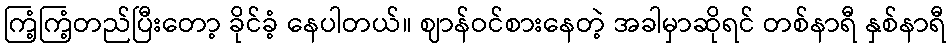
ကြံ့ကြံ့တည်ပြီးတော့ ခိုင်ခံ့ နေပါတယ်။ ဈာန်ဝင်စားနေတဲ့ အခါမှာဆိုရင် တစ်နာရီ နှစ်နာရီ